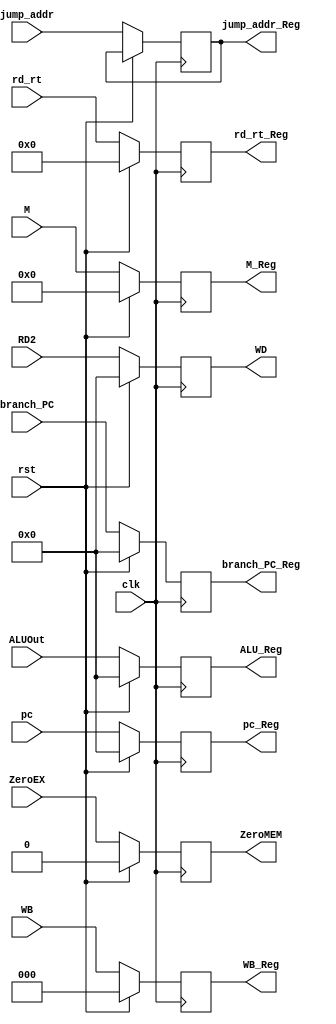
module EX_MEM( clk, rst, ZeroEX, WB, M, rd_rt, ALUOut, RD2, branch_PC, pc, jump_addr, ZeroMEM, WB_Reg, M_Reg, rd_rt_Reg, ALU_Reg, WD, branch_PC_Reg, pc_Reg, jump_addr_Reg );
					
	input clk, rst, ZeroEX;
	input [2:0] WB;
	input [3:0] M;

	input [4:0] rd_rt;
	input [31:0] ALUOut, RD2, branch_PC, pc, jump_addr;
	
	output reg ZeroMEM ;
	output reg [2:0] WB_Reg;
	output reg [3:0] M_Reg;
	output reg [4:0] rd_rt_Reg;
	output reg [31:0] ALU_Reg, WD, branch_PC_Reg, pc_Reg, jump_addr_Reg;

	always@( posedge clk )
	begin
		if ( rst )
		begin
			WB_Reg <= 0;
			M_Reg <= 0;
			branch_PC_Reg <= 0;
			pc_Reg <= 0;
			ALU_Reg <= 0;
			WD <= 0;
			rd_rt_Reg <= 0;
			ZeroMEM <= 0;
		end
		else
		begin
			ZeroMEM <= ZeroEX;
			WB_Reg <= WB;
			M_Reg <= M;
			branch_PC_Reg <= branch_PC;
			pc_Reg <= pc;
			ALU_Reg <= ALUOut;
			WD <= RD2;	
			rd_rt_Reg <= rd_rt;
			jump_addr_Reg <= jump_addr ;
		end
	end
	
endmodule